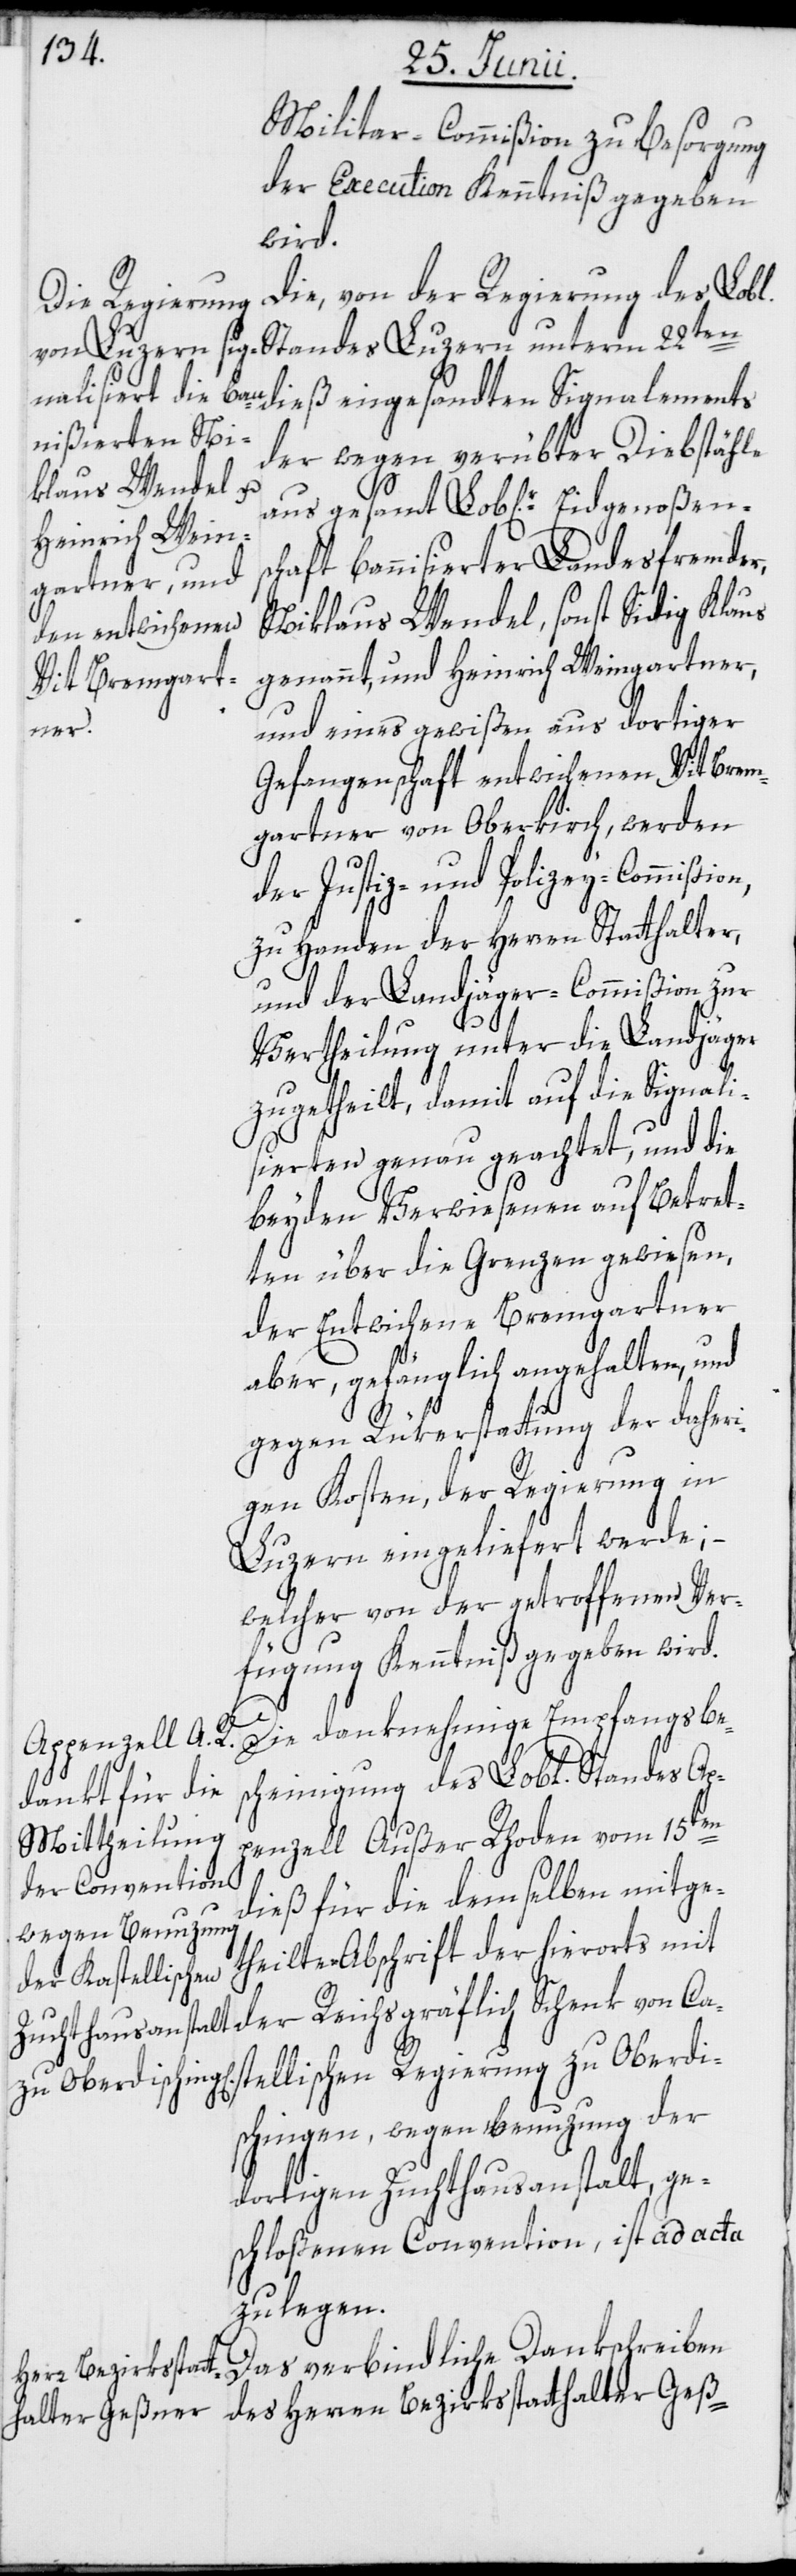
Militar-Commißion zu Besorgung
der Execution Kenntniß gegeben
Ca¬
Die, von der Regierung des Lobl.
Standes Luzern unterm 22ten
der wegen verübter Diebstähle
aus gesamt Lob[liche]r Eidgenoßens¬
chaft bannisierter Landesfremder,
Niklaus Wendel, sonst Sidig Klaus
genannt, und Heinrich Weingartner,
und eines gewißen aus dortiger
der
Gefangenschaft entwichenen Vit Brem¬
gartner von Oberkirch, werden
der Justiz- und Polizey-Commi¬
zu Handen der Herren Statthalter,
und der Landjäger-Commißion zur
Vertheilung unter die Landjäger
zugetheilt, damit auf die Signali¬
sierten genau geachtet, und die
beyden Verwiesenen auf Betret¬
ten über die Grenzen gewiesen,
der Entwichene Bremgartner
aber, gefänglich angehalten, und
gegen Rükerstattung der daheri¬
gen Kosten, der Regierung in
Luzern eingeliefert werde; –
welcher von der getroffenen Ver¬
fügung Kenntniß gegeben wird.
Die danknehmige Empfangsbe¬
scheinigung des Lobl. Standes Ap¬
penzell Außer Rhoden vom 15ten
dieß für die demselben mitge¬
theilte Abschrift der hierorts mit
stellischen Regierung zu Oberdi¬
schingen, wegen Benuzung der
dortigen Zuchthausanstalt, ge¬
schloßenen Convention, ist ad acta
zu legen.
Das verbindliche Dankschreiben
des Herren Bezirksstatthalter Geß-